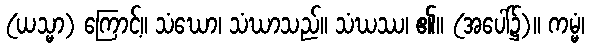
(ယသ္မာ) ကြောင့်။ သံဃော၊ သံဃာသည်။ သံဃဿ၊ ၏။ (အပေါ်၌)။ ကမ္မံ၊